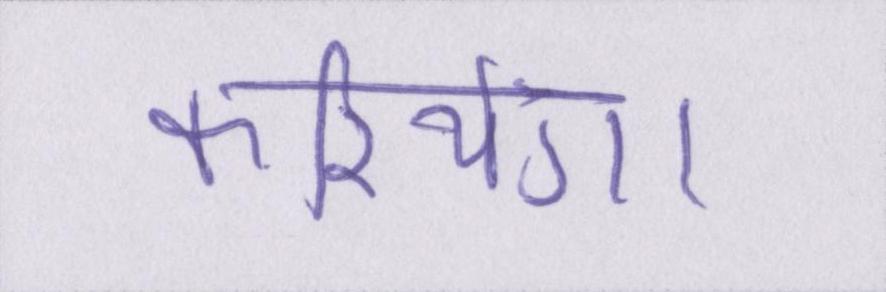
करियेगा